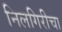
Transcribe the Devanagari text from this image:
निलगिरीचा